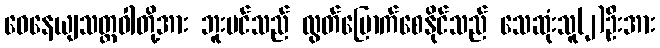
ဝေနေယျသတ္တဝါတို့အား ဘူးပင်သည် လွတ်မြောက်စေနိုင်သည် သေဆုံးသူ(၂)ဦးအား